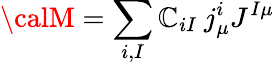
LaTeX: {\calM}=\sum_{i,I}\mathbb{C}_{iI}\: j_{\mu}^{i}J^{I\mu}